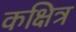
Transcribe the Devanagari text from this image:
कक्षित्र